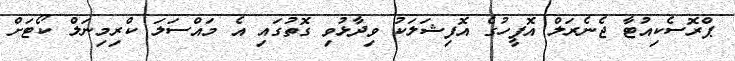
ޕްރޮސެކިއުޓާ ޖެނެރަލް އޮފީހުގެ އޮފިޝަލަކު ވިދާޅުވި ގޮތުގައި އެ މައްސަލަ ކްރިމިނަލް ކޯޓަށް